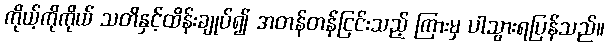
ကိုယ့်ကိုကိုယ် သတိနှင့်ထိန်းချုပ်၍ အတန်တန်ငြင်းသည့် ကြားမှ ပါသွားရပြန်သည်။